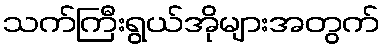
သက်ကြီးရွယ်အိုများအတွက်